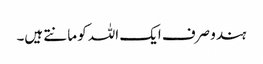
ہندو صرف ایک اللہ کو مانتے ہیں۔